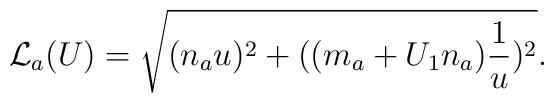
{\cal L}_a(U)=\sqrt{(n_au)^2+((m_a+U_1n_a)\frac{1}{u})^2}.\nonumber